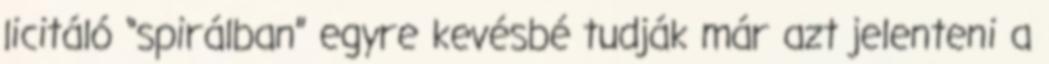
licitáló “spirálban” egyre kevésbé tudják már azt jelenteni a